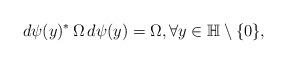
LaTeX: \begin{align*}d\psi(y)^* \, \Omega \, d\psi(y) = \Omega, \forall y\in \mathbb{H}\setminus \{0\},\end{align*}